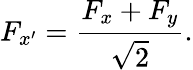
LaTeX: F_{x^{\prime}}=\frac{F_{x}+F_{y}}{\sqrt{2}}.